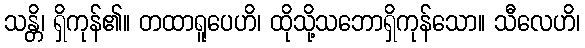
သန္တိ၊ ရှိကုန်၏။ တထာရူပေဟိ၊ ထိုသို့သဘောရှိကုန်သော။ သီလေဟိ၊